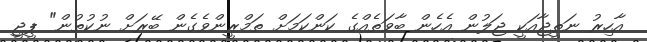
އާހިރު ނަތީޖާއަކީ ޖަލުން އެހެން ބާވަތެއްގެ ކަންކަމަށް ތަމްރީންވެގެން ބޭރަށް ނުކުތުން" ޕީޖީ